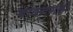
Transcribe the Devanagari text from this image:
बावनगढी